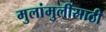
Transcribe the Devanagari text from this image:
मुलांमुलींसाठी